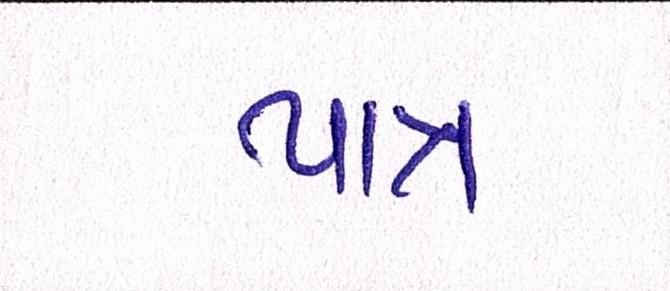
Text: પાત્ર